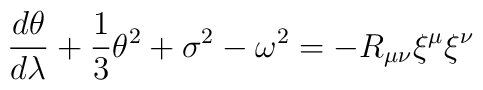
\frac{d\theta}{d\lambda} + \frac{1}{3}\theta^{2} + \sigma^{2} -\omega^{2}= -R_{\mu\nu}\xi^{\mu}\xi^{\nu}